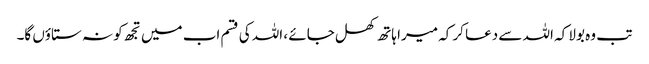
تب وہ بولا کہ اللہ سے دعا کر کہ میرا ہاتھ کھل جائے ، اللہ کی قسم اب میں تجھ کو نہ ستاؤں گا۔